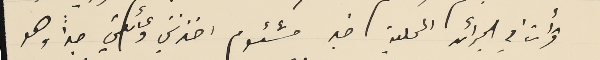
قرأت في الجرأئد المحلية خبر مشئوم احزنني وعائلتي جداً وهو